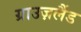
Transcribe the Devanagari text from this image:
ग्राउज़लैंड